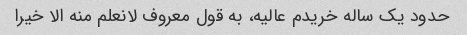
حدود یک ساله خریدم عالیه، به قول معروف لانعلم منه الا خیرا